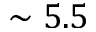
\sim 5 . 5